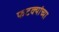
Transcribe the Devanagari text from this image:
फटक्यांच्या